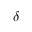
\delta